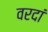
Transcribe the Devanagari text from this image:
वरदां